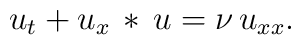
u_t + u_x \,*\, u = \nu\, u_{xx}.